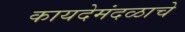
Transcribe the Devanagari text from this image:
कायदेमंदळाचे